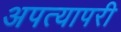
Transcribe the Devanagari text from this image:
अपत्यापरी